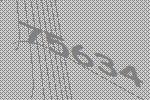
75634